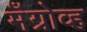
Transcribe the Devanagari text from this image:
मँग्रोव्ह